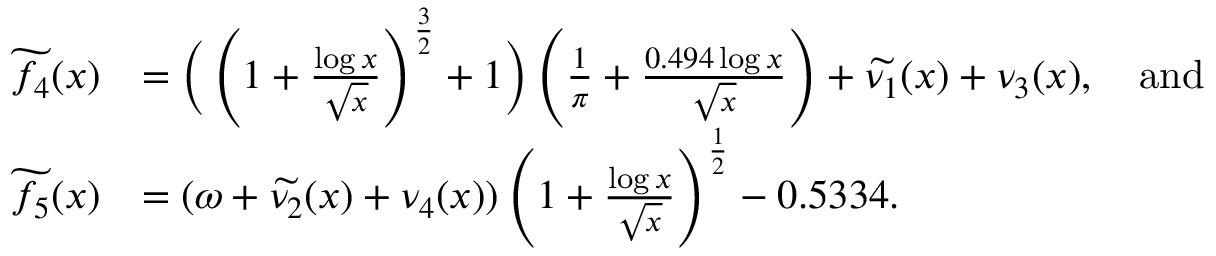
\begin{array} { r l } { \widetilde { f _ { 4 } } ( x ) } & { = \bigg ( \left( 1 + \frac { \log { x } } { \sqrt { x } } \right) ^ { \frac { 3 } { 2 } } + 1 \bigg ) \left( \frac { 1 } { \pi } + \frac { 0 . 4 9 4 \log { x } } { \sqrt { x } } \right) + \widetilde { \nu _ { 1 } } ( x ) + \nu _ { 3 } ( x ) , \quad \mathrm { a n d } } \\ { \widetilde { f _ { 5 } } ( x ) } & { = ( \omega + \widetilde { \nu _ { 2 } } ( x ) + \nu _ { 4 } ( x ) ) \left( 1 + \frac { \log { x } } { \sqrt { x } } \right) ^ { \frac { 1 } { 2 } } - 0 . 5 3 3 4 . } \end{array}